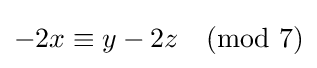
-2x\equiv y-2z{\pmod {7}}